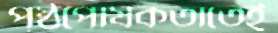
পৃষ্ঠপোষকতাতেই